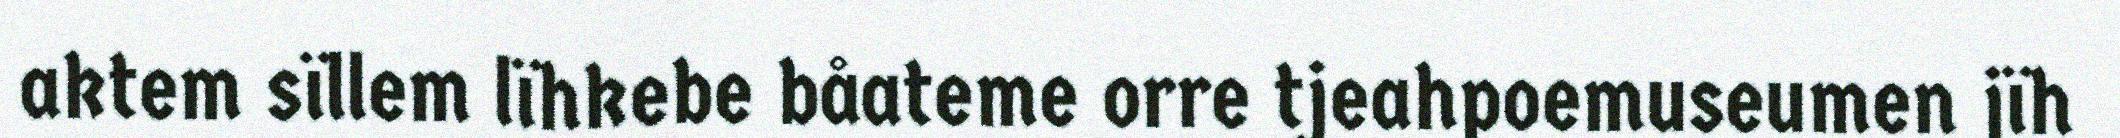
aktem sïllem lïhkebe båateme orre tjeahpoemuseumen jïh